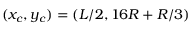
( x _ { c } , y _ { c } ) = ( L / 2 , 1 6 R + R / 3 )